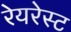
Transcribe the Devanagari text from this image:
रेयरेस्ट